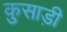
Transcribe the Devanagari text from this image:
कुसाड़ी